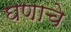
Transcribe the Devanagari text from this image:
घणाचे